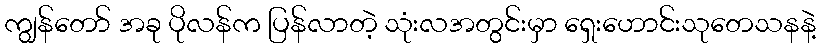
ကျွန်တော် အခု ပိုလန်က ပြန်လာတဲ့ သုံးလအတွင်းမှာ ရှေးဟောင်းသုတေသနနဲ့